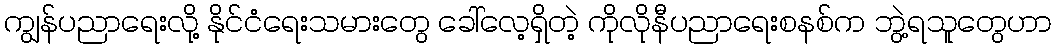
ကျွန်ပညာရေးလို့ နိုင်ငံရေးသမားတွေ ခေါ်လေ့ရှိတဲ့ ကိုလိုနီပညာရေးစနစ်က ဘွဲ့ရသူတွေဟာ